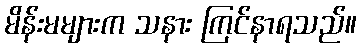
မိန်းမများက သနား ကြင်နာရသည်။